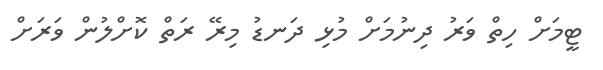
ޓީމަށް ހިތް ވަރު ދިނުމަށް މުޅި ދަނޑު މިރޭ ރަތް ކޮށްލުން ވަރަށް